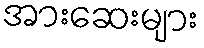
အားဆေးများ